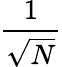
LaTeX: \frac{1}{\sqrt{N}}